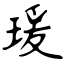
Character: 瑗